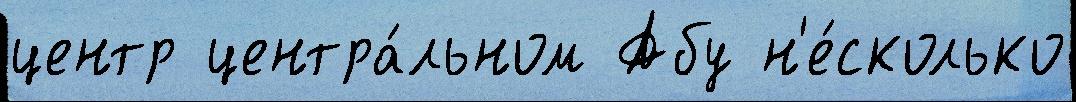
центр центра́льном Абу н'е́сколько